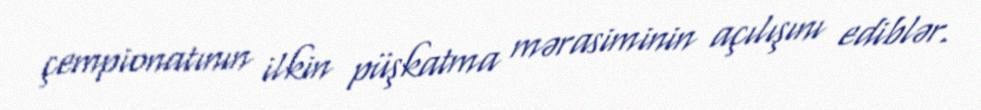
çempionatının ilkin püşkatma mərasiminin açılışını ediblər.